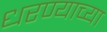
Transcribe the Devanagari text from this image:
धरण्याच्या